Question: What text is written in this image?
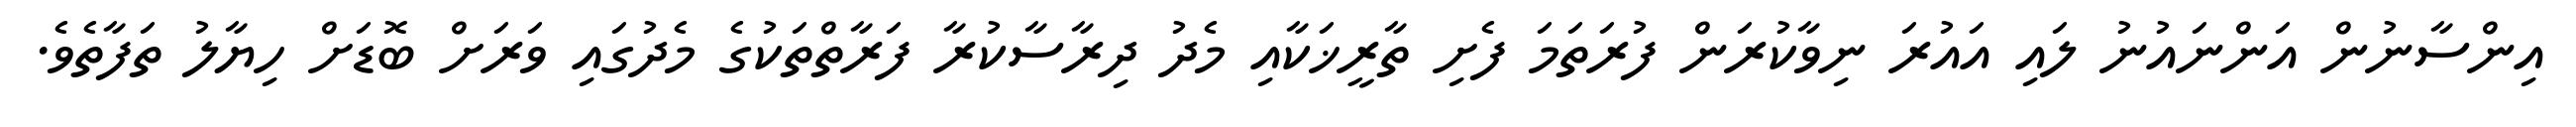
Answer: އިންސާނުން އަންނައުނު ލައި އައުރަ ނިވާކުރަން ފުރަތަމަ ފެށި ތާރީޚަކާއި މެދު ދިރާސާކުރާ ފަރާތްތަކުގެ މެދުގައި ވަރަށް ބޮޑަށް ހިޔާލު ތަފާތެވެ.